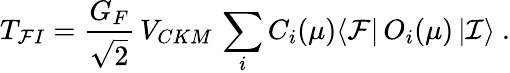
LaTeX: T_{\mathcal FI}=\frac{G_{F}}{\sqrt{2}}\, V_{CKM}\, \sum_{i}C_{i}(\mu)\langle\mathcal{F}|\, O_{i}(\mu)\, |\mathcal{I}\rangle\ .